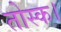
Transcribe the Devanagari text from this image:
तोस्क।